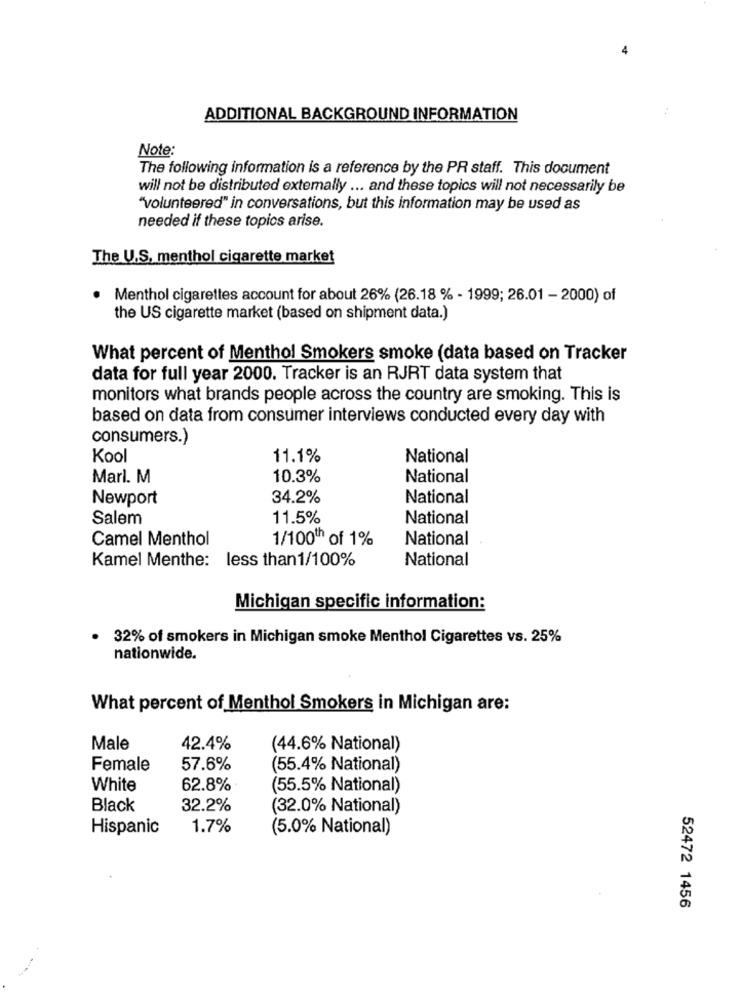
ADDITIONAL BACKGROUND INFORMATION
Note:
The following information is a reference by the PR staff. This document
will not be distributed externally ... and these topics will not necessarily be
"volunteered" in conversations, but this information may be used as
needed if these topics arise.
The U.S. menthol cigarette market
Menthol cigarettes account for about 26% (26.18 % - 1999; 26.01 - 2000) of
the US cigarette market (based on shipment data.)
What percent of Menthol Smokers smoke (data based on Tracker
data for full year 2000. Tracker is an RJRT data system that
monitors what brands people across the country are smoking. This is
based on data from consumer interviews conducted every day with
consumers.)
Kool
11.1%
National
Marl. M
10.3%
National
Newport
34.2%
National
Salem
11.5%
National
Camel Menthol
1/100th of 1%
National
Kamel Menthe: less than1/100%
National
Michigan specific information:
32% of smokers in Michigan smoke Menthol Cigarettes vs. 25%
nationwide.
What percent of Menthol Smokers in Michigan are:
Male
42.4%
(44.6% National)
Female
57.6%
(55.4% National)
White
62.8%
(55.5% National)
Black
32.2%
(32.0% National)
Hispanic
1.7%
(5.0% National)
52472 1456